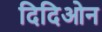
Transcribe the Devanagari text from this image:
दिदिओन